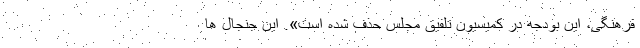
فرهنگی، این بودجه در کمیسیون تلفیق مجلس حذف شده است». این جنجال ها